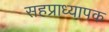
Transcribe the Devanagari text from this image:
सहप्राध्यापक